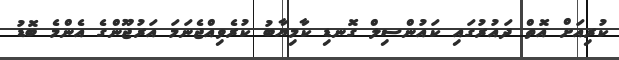
ކުރިއަށް އޮތް ދައުރުގައި ކައުންސިލް ގޮނޑި ކާމިޔާބު ކުރެވިއްޖެނަމަ އަރުޖޫންގެ އެންމެ ބޮޑު